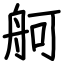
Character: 舸